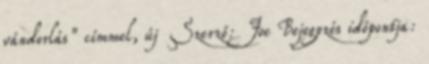
vándorlás” címmel, új Szerző: Joe Bejegyzés időpontja: